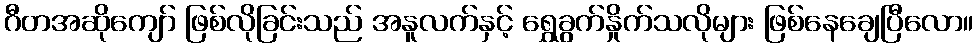
ဂီတအဆိုကျော် ဖြစ်လိုခြင်းသည် အနူလက်နှင့် ရွှေခွက်နှိုက်သလိုများ ဖြစ်နေချေပြီလော။